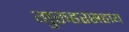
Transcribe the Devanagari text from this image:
गुरुहरसहाय